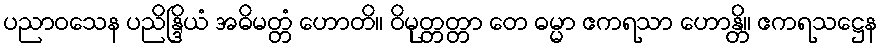
ပညာဝသေန ပညိန္ဒြိယံ အဓိမတ္တံ ဟောတိ။ ဝိမုတ္တတ္တာ တေ ဓမ္မာ ဧကရသာ ဟောန္တိ။ ဧကရသဋ္ဌေန